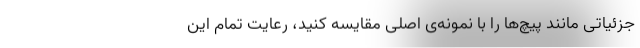
جزئیاتی مانند پیچ‌ها را با نمونه‌ی اصلی مقایسه کنید، رعایت تمام این